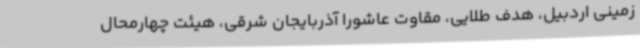
زمینی اردبیل، هدف طلایی، مقاوت عاشورا آذربایجان شرقی، هیئت چهارمحال